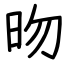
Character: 昒